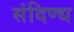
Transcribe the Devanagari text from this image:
संदिण्ध